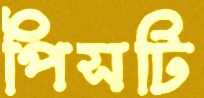
পিসটি